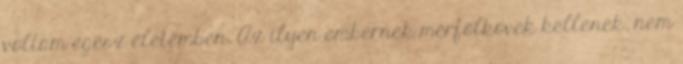
voltam egész életemben. Az ilyen embernek mérfölkövek kellenek, nem